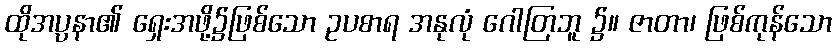
ထိုအပ္ပနာ၏ ရှေးအဖို့၌ဖြစ်သော ဥပစာရ အနုလုံ ဂေါတြဘူ ၌။ ဇာတာ၊ ဖြစ်ကုန်သော